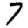
Digit: 7